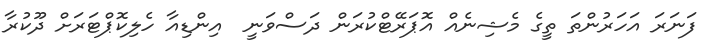
ފަނަރަ އަހަރުންތަ ތީގެ މެޝިނެއް އޮޕަރޭޓްކުރަން ދަސްވަނީ  އިންޑިއާ ހެލިކޮޕްޓަރަށް ދޫކުރާ